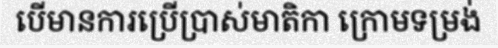
បើមានការប្រើប្រាស់មាតិកា ក្រោមទម្រង់